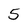
Character: 5